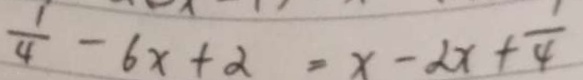
\frac { 1 } { 4 } - 6 x + 2 = x - 2 x + \frac { 1 } { 4 }